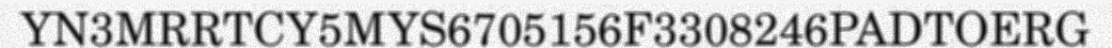
YN3MRRTCY5MYS6705156F3308246PADTOERG